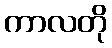
ကာလတို